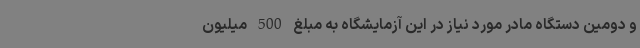
و دومین دستگاه مادر مورد نیاز در این آزمایشگاه به مبلغ 500 میلیون